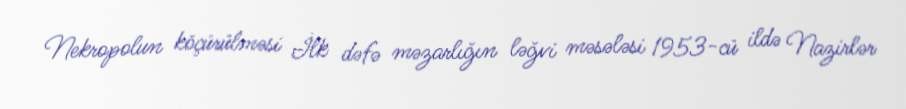
Nekropolun köçürülməsi İlk dəfə məzarlığın ləğvi məsələsi 1953-cü ildə Nazirlər